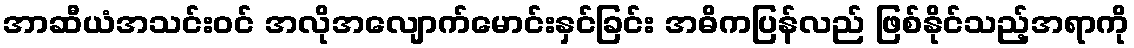
အာဆီယံအသင်းဝင် အလိုအလျောက်မောင်းနှင်ခြင်း အဓိကပြန်လည် ဖြစ်နိုင်သည့်အရာကို